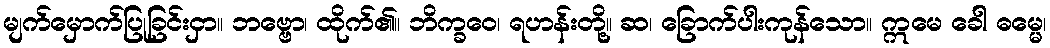
မျက်မှောက်ပြုခြင်းငှာ။ ဘဗ္ဗော၊ ထိုက်၏။ ဘိက္ခဝေ၊ ရဟန်းတို့။ ဆ၊ ခြောက်ပါးကုန်သော။ ဣမေ ခေါ ဓမ္မေ၊